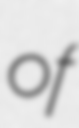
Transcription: of